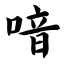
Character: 喑